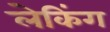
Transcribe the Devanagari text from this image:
लेकिंग